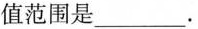
值范围是___。